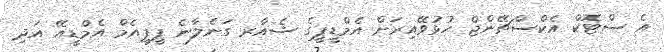
އެ ސްޓޮކް އެކްސްޗޭންޖް ހުޅުވޭއިރަށް އެމްޑީޕީގެ ޝެއާރ ގަނެލާނެ ޕީޕީއެމް އެމްޑީއޭ އަދި